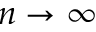
n \rightarrow \infty